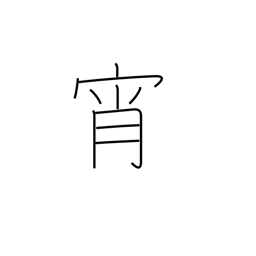
Meaning: evening